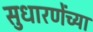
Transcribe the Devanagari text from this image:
सुधारणेंच्या